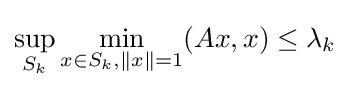
\sup _{S_{k}}\min _{x\in S_{k},\|x\|=1}(Ax,x)\leq \lambda _{k}